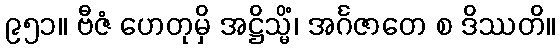
၉၅၁။ ဗီဇံ ဟေတုမှိ အဋ္ဌိသ္မိံ၊ အင်္ဂဇာတေ စ ဒိဿတိ။